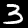
Label: 3